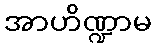
အာဟိဏ္ဍာမ